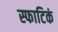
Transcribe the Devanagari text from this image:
स्फाटिकं